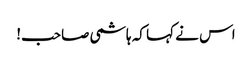
اس نے کہا کہ ہاشمی صاحب!